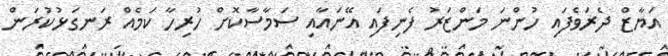
އަޔާޒް ދެރަވެފައި ހުންނަ މަންޒަރު ފެނިފައި އޭނައާއި ސަމާސާކޮށް ހުރިހާ ކަމެއް ރަނގަޅުކުރަން